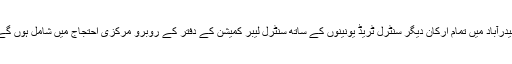
حیدرآباد میں تمام ارکان دیگر سنٹرل ٹریڈ یونینوں کے ساتھ سنٹرل لیبر کمیشن کے دفتر کے روبرو مرکزی احتجاج میں شامل ہوں گے۔